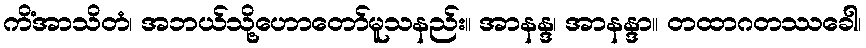
ကိံအာသိတံ၊ အဘယ်သို့ဟောတော်မူသနည်း။ အာနန္ဒ၊ အာနန္ဒာ။ တထာဂတဿခေါ၊